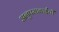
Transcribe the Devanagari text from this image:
अनुपमाबाईंची